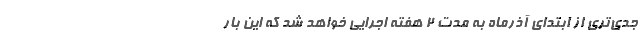
جدی‌تری از ابتدای آذرماه به مدت ۲ هفته اجرایی خواهد شد که این بار